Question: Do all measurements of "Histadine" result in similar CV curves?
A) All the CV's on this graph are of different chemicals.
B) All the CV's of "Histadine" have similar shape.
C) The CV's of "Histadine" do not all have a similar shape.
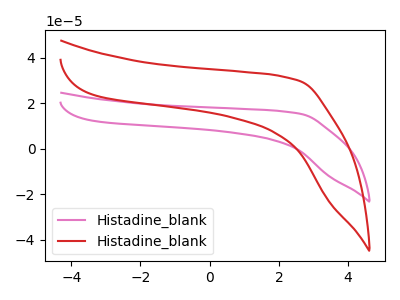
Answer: <think>The pink curve "Histadine_blank1" has no peaks. The red curve "Histadine_blank2" has no peaks.
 Neither "Histadine_blank1" or "Histadine_blank2" have any peaks.</think>
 <answer>B) All the CV's of "Histadine" have similar shape.</answer>
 <eval>B</eval>